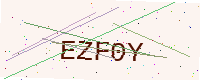
Text: EZF0Y